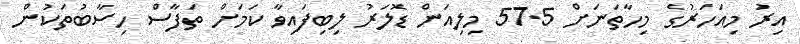
އިރު މިއަހަރުގެ މިހާތަނަށް 57.5 މިލިއަން ޑޮލަރު ލިބިފައިވާ ކަމަށް ތަފާސް ހިސާބުތަކުން